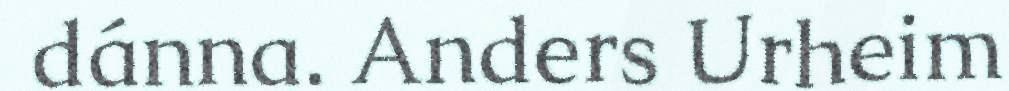
dánna. Anders Urheim